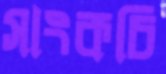
সাংকচি